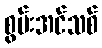
စွမ်းအင်သစ်